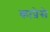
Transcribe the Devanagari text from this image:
काप्रेसे